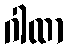
ဂါထာ